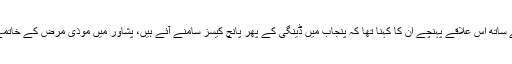
وزیرصحت شہرام ترکئی بھی پہلی بار وزیراعلیٰ پرویزخٹک کے ساتھ اس علاقے پہنچے ان کا کہنا تھا کہ پنجاب میں ڈینگی کے پھر پانچ کیسز سامنے آئے ہیں، پشاور میں موذی مرض کے خاتمے کیلئے شہریوں میں آگاہی کیلئے گھر گھر ٹیمیں بھیج رہے ہیں۔